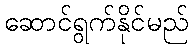
ဆောင်ရွက်နိုင်မည်